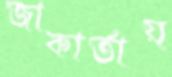
জাকার্তায়